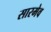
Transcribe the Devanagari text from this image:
सारमेव